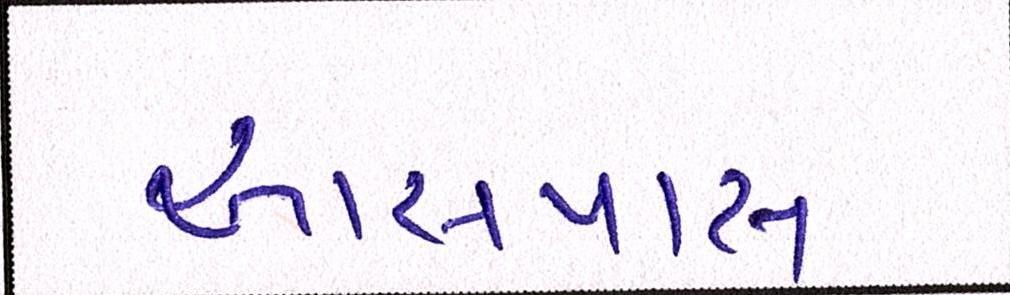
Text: આસપાસ